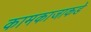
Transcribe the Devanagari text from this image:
कामकाजाकडे